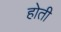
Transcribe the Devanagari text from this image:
होती